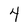
Character: 4